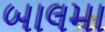
બાલમા